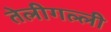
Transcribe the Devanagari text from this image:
तेलीगल्ली